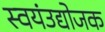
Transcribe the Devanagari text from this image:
स्वयंउद्योजक